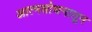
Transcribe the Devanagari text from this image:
आत्मशोधनातून